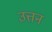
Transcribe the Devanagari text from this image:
उत्तन